Preliminary report on an investigation into the etiology of Oriental sore in Cambay - Number 50
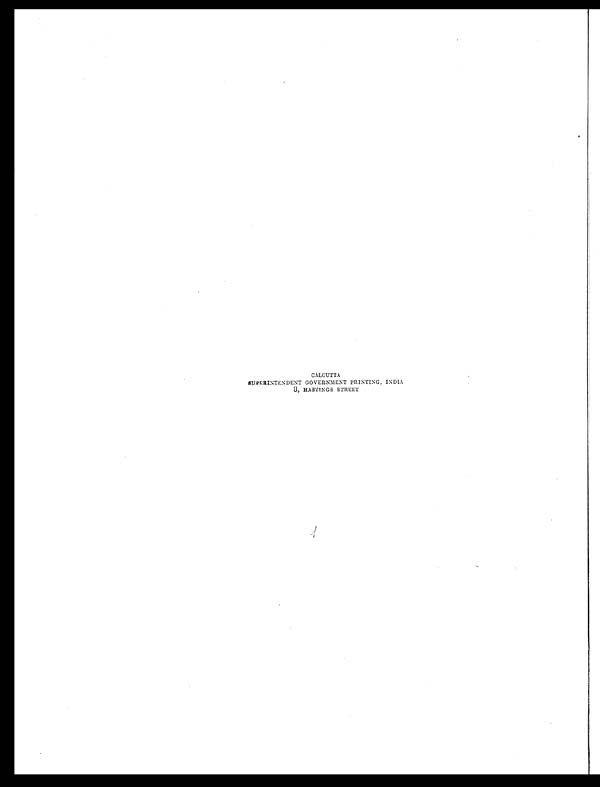
CALCUTTA
SUPERINTENDENT GOVERNMENT PRINTING, INDIA
8, HASTINGS STREET